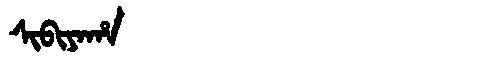
Manchu: ᠰᡳᠪᡳᠶᠠᡥᠠ
Romanization: SIBIYAHA